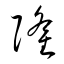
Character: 隆